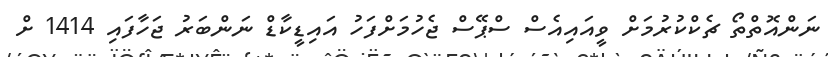
ނަންއޮތްތޯ ޗެކްކުރުމަށް ވީއައިއެސް ސްޕޭސް ޖެހުމަށްފަހު އައިޑީކާޑް ނަންބަރު ޖަހާފައި 1414 ށް